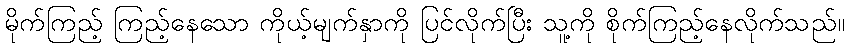
မိုက်ကြည့် ကြည့်နေသော ကိုယ့်မျက်နှာကို ပြင်လိုက်ပြီး သူ့ကို စိုက်ကြည့်နေလိုက်သည်။